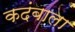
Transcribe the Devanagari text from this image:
कदंबाला